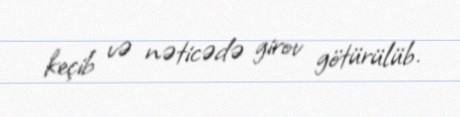
keçib və nəticədə girov götürülüb.